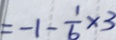
= - 1 - \frac { 1 } { 6 } \times 3